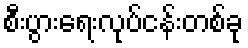
စီးပွားရေးလုပ်ငန်းတစ်ခု